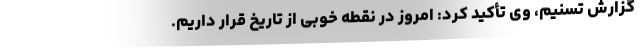
گزارش تسنیم، وی تأکید کرد: امروز در نقطه خوبی از تاریخ قرار داریم.